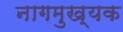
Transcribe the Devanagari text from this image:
नागमुख्यक